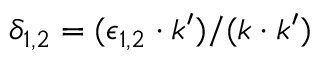
\delta _ { 1 , 2 } = ( \epsilon _ { 1 , 2 } \cdot k ^ { \prime } ) / ( k \cdot k ^ { \prime } )